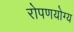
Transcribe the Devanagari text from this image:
रोपणयोग्य